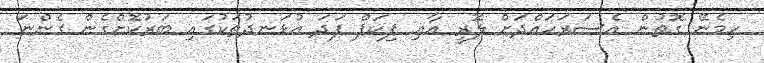
ހިމެނޭ ގޮތުން އެސަރަހައްދަށް ލޮރީ އާއި ޕިކަޕް ފަދަ އުޅަނދުތަކުގައި ބަރުކޮށްގެން ގެންނަ